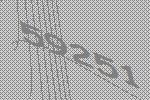
59251